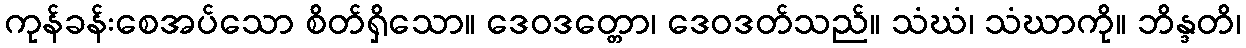
ကုန်ခန်းစေအပ်သော စိတ်ရှိသော။ ဒေဝဒတ္တော၊ ဒေဝဒတ်သည်။ သံဃံ၊ သံဃာကို။ ဘိန္ဒတိ၊